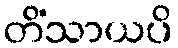
တိံသာယပိ